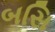
બસિ